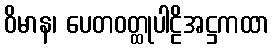
ဝိမာန၊ ပေတဝတ္ထုပါဠိအဋ္ဌကထာ